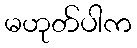
မဟုတ်ပါက